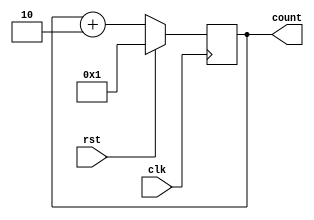
// Day 5 
// Design and verify an 8-bit odd counter

module Day5_odd_counter (count, clk, rst);
	input clk , rst;
	output reg [7:0] count =8'h00;
	
	// local param
	wire [7:0] D;
		
	always@( posedge clk)
		begin 
			if (rst)
			count <= 8'h01;
			else
			count <= D ;
		end
		
	assign   D = count + 8'h02;
endmodule